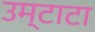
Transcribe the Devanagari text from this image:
उम्टाटा